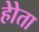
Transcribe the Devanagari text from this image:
होेता